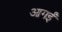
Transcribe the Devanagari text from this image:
आगईं